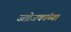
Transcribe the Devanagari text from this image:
उद्योजकांच्या